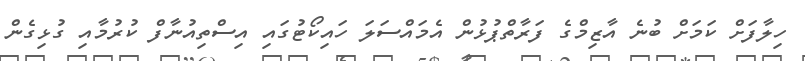
ހިލާފަށް ކަމަށް ބުނެ އާޒިމްގެ ފަރާތްޕުޅުން އެމައްސަލަ ހައިކޯޓުގައި އިސްތިއުނާފް ކުރުމާއި ގުޅިގެން